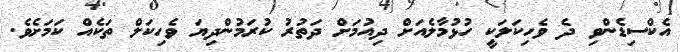
އެކްސިޑެންވި ދެ ވެހިކަލަކީ ހުޅުމާލެއަށް ދިއުމަށް ދަތުރު ކުރަމުންދިޔަ ވެހިކަލް ތަކެއް ކަމަށެވެ.